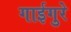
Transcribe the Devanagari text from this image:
गाईगुरे